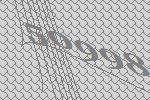
50998